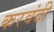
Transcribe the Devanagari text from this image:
करवंदी